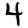
Digit: 4